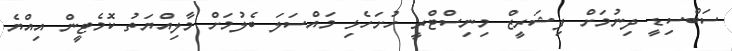
ސަބްސިޑީ ދިނުމަށް ފިޝަރީޒް މިނިސްޓްރީ ހުށަހެޅި މައްސަލަ ބެލުމަށް މާލިއްޔަތު ކޮމެޓީން އިއްޔެ